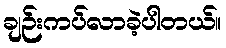
ချဉ်းကပ်လာခဲ့ပါတယ်။